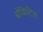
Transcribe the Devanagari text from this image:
ब्रोंकिटिस